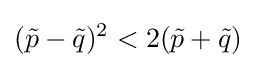
({\tilde {p}}-{\tilde {q}})^{2}<2({\tilde {p}}+{\tilde {q}})